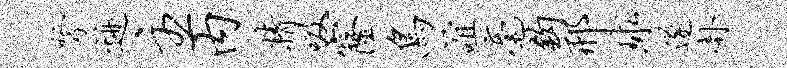
弩迹主内精吸窿鸟谊毫钩邢球遂卦